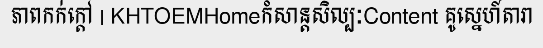
ភាពកក់ក្តៅ | KHTOEMHomeកំសាន្តសិល្បៈContent គូស្នេហ៍តារា